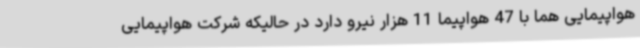
هواپیمایی هما با 47 هواپیما 11 هزار نیرو دارد در حالیکه شرکت هواپیمایی